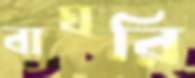
বাঘরি